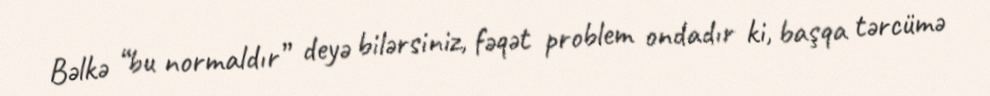
Bəlkə “bu normaldır” deyə bilərsiniz, fəqət problem ondadır ki, başqa tərcümə